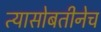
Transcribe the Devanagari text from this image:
त्यासोबतीनेच